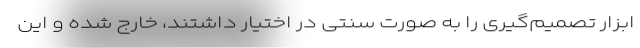
ابزار تصمیم‌گیری را به صورت سنتی در اختیار داشتند، خارج شده و این